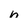
Character: n